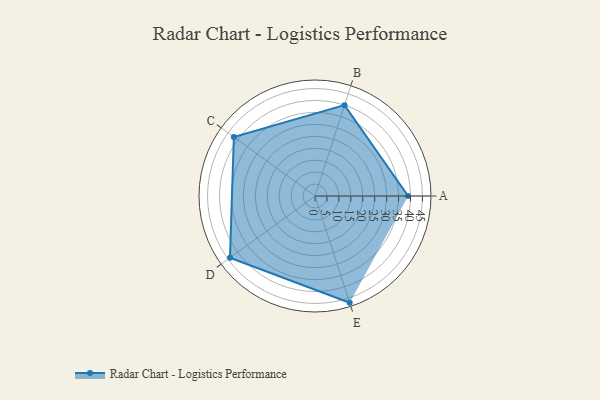
{"axis": {"x": "Skill", "y": "Score"}, "legend": ["Profile"], "data": [{"x": "A", "y": 39.0, "type": "Profile"}, {"x": "B", "y": 40.0, "type": "Profile"}, {"x": "C", "y": 42.0, "type": "Profile"}, {"x": "D", "y": 44.0, "type": "Profile"}, {"x": "E", "y": 47.0, "type": "Profile"}]}